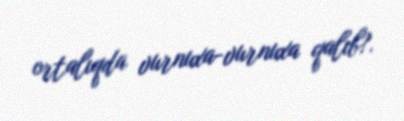
ortalıqda vurnuxa-vurnuxa qalıb?.